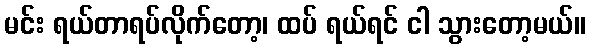
မင်း ရယ်တာရပ်လိုက်တော့၊ ထပ် ရယ်ရင် ငါ သွားတော့မယ်။